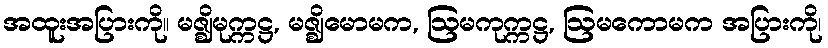
အထူးအပြားကို။ မဇ္ဈိမုက္ကဋ္ဌ, မဇ္ဈိမောမက, ဩမကုက္ကဋ္ဌ, ဩမကောမက အပြားကို၊